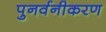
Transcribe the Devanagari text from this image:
पुनर्वनीकरण